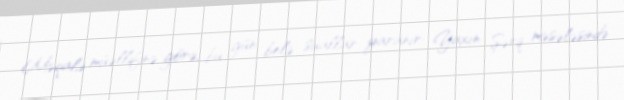
Məqalə müəllifinə görə, bu gün belə suallar yaranır: Yaxın Şərq məsələsində